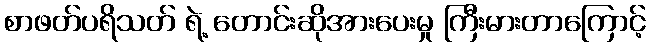
စာဖတ်ပရိသတ် ရဲ့ တောင်းဆိုအားပေးမှု ကြီးမားတာကြောင့်